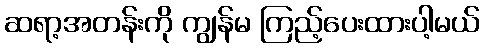
ဆရာ့အတန်းကို ကျွန်မ ကြည့်ပေးထားပါ့မယ်